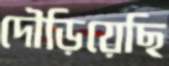
দৌড়িয়েছি